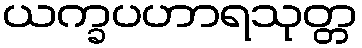
ယက္ခပဟာရသုတ္တ